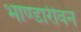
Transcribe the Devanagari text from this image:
भाण्डारीवन